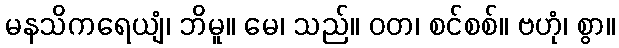
မနသိကရေယျံ၊ ဘိမူ။ မေ၊ သည်။ ဝတ၊ စင်စစ်။ ဗဟုံ၊ စွာ။